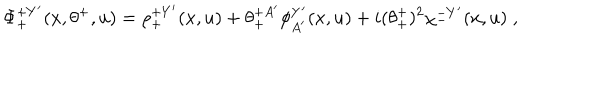
\Phi _ { + } ^ { + Y ^ { \prime } } ( x , \theta ^ { + } , u ) = \rho _ { + } ^ { + Y ^ { \prime } } ( x , u ) + \theta _ { + } ^ { + A ^ { \prime } } \phi _ { A ^ { \prime } } ^ { Y ^ { \prime } } ( x , u ) + i ( \theta _ { + } ^ { + } ) ^ { 2 } \chi _ { - } ^ { - Y ^ { \prime } } ( x , u ) \; ,